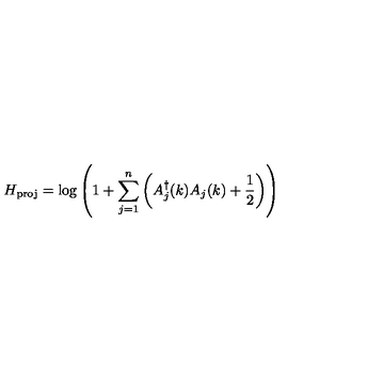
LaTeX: H _ { \mathrm { p r o j } } = \log \left( 1 + \sum _ { j = 1 } ^ { n } \left( A _ { j } ^ { \dagger } ( k ) A _ { j } ( k ) + { \frac { 1 } { 2 } } \right) \right)